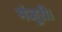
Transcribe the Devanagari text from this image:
मंजूरी।